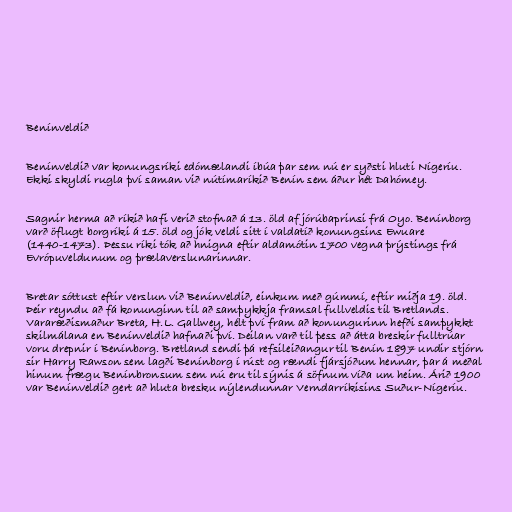
Benínveldið

Benínveldið var konungsríki edómælandi íbúa þar sem nú er syðsti hluti Nígeríu.
Ekki skyldi rugla því saman við nútímaríkið Benín sem áður hét Dahómey.

Sagnir herma að ríkið hafi verið stofnað á 13. öld af jórúbaprinsi frá Oyo. Benínborg
varð öflugt borgríki á 15. öld og jók veldi sitt í valdatíð konungsins Ewuare
(1440-1473). Þessu ríki tók að hnigna eftir aldamótin 1700 vegna þrýstings frá
Evrópuveldunum og þrælaverslunarinnar.

Bretar sóttust eftir verslun við Benínveldið, einkum með gúmmí, eftir miðja 19. öld.
Þeir reyndu að fá konunginn til að samþykkja framsal fullveldis til Bretlands.
Vararæðismaður Breta, H.L. Gallwey, hélt því fram að konungurinn hefði samþykkt
skilmálana en Benínveldið hafnaði því. Deilan varð til þess að átta breskir fulltrúar
voru drepnir í Benínborg. Bretland sendi þá refsileiðangur til Benín 1897 undir stjórn
sir Harry Rawson sem lagði Benínborg í rúst og rændi fjársjóðum hennar, þar á meðal
hinum frægu Benínbronsum sem nú eru til sýnis á söfnum víða um heim. Árið 1900
var Benínveldið gert að hluta bresku nýlendunnar Verndarríkisins Suður-Nígeríu.